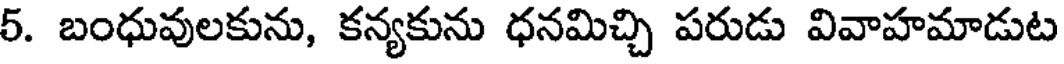
5. బంధువులకును, కన్యకును ధనమిచ్చి పరుడు వివాహమాడుట